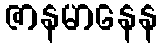
ဇာနမာနေန